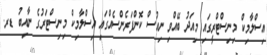
އިސްލާމިކް މިނިސްޓްރީގައި މިއަދު ބޭއްވި ނިއުސް ކޮންފަރެންސެއްގައި އިސްލާމިކް މިނިސްޓަރުގެ ނާއިބު ޑރ.